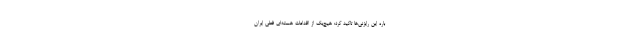
باره این رایزنی‌ها تاکید کرد: هیچ‌یک از اقدامات هسته‌ای فعلی ایران